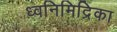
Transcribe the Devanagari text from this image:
ध्वनिमिद्रिका